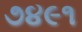
૭૪૯૧